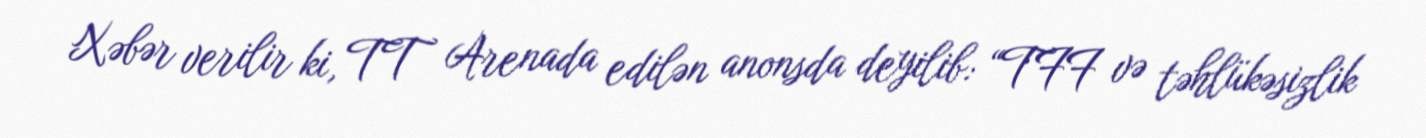
Xəbər verilir ki, TT Arenada edilən anonsda deyilib: “TFF və təhlükəsizlik